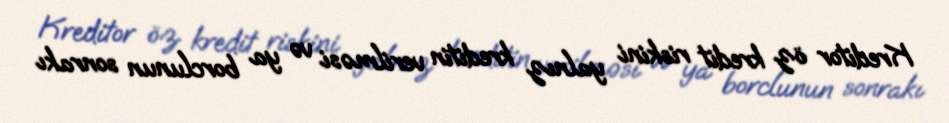
Kreditor öz kredit riskini yalnız kreditin verilməsi və ya borclunun sonrakı